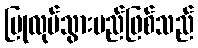
ပြုလုပ်သွားမည်ဖြစ်သည်